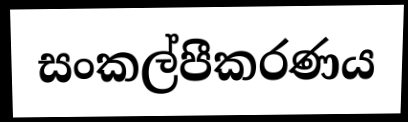
සංකල්පීකරණය